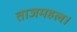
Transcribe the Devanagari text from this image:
ताजमहल।